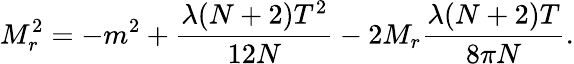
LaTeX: M_{r}^{2}=-m^{2}+\frac{\lambda(N+2)T^{2}}{12N}-2M_{r}\frac{\lambda(N+2)T}{8\pi N}.